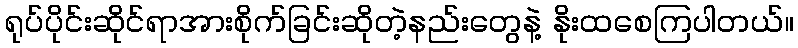
ရုပ်ပိုင်းဆိုင်ရာအားစိုက်ခြင်းဆိုတဲ့နည်းတွေနဲ့ နိုးထစေကြပါတယ်။